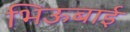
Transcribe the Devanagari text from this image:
भिऊबाई